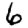
Digit: 6